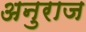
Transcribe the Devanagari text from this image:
अनुराज